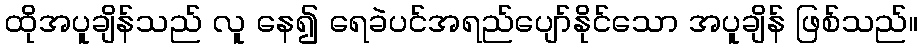
ထိုအပူချိန်သည် လူ နေ၍ ရေခဲပင်အရည်ပျော်နိုင်သော အပူချိန် ဖြစ်သည်။